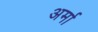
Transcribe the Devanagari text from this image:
अर्मा